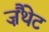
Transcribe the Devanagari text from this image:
ज़ैंथेट